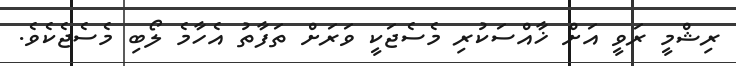
ރިޝްމީ ރަވީ އަށް ޚާއްސަކުރި މެސެޖަކީ ވަރަށް ތަފާތު އެހާމެ ލޯބި މެސެޖެކެވެ.